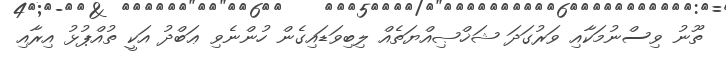
ތޫނު ވިސްނުމަކާއި ވަރުގަދަ ޝަޚްޞިއްޔަތެއް ލިބިވަޑައިގެން ހުންނެވި ޢަބްދު އަކީ ތުއްޕުޅު އިރާއި